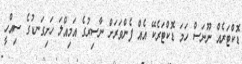
ޑޮކްޓަރެއް ނޫނަސް ހަމަ ޑޮކްޓަރެކޭ އެއް ފެންވަރަށް ނާސިރުގެ އަމިއްލަ ހަށިގަނޑުގެ ސިއްހީ